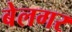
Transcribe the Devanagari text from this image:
बेलगर